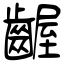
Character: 齷